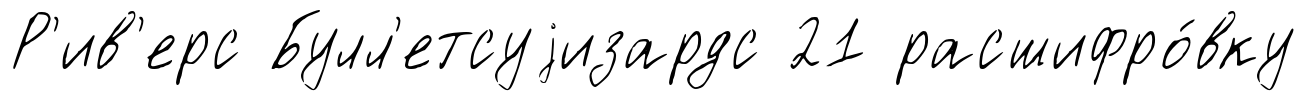
Р'ив'ерс Булл'етсуjизардс 21 расшифро́вку